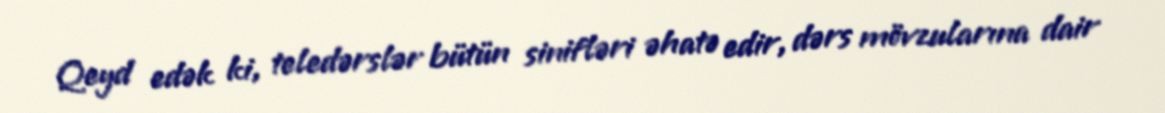
Qeyd edək ki, teledərslər bütün sinifləri əhatə edir, dərs mövzularına dair